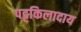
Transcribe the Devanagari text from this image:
पट्टकिलादाय